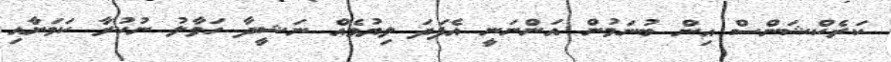
ކަރެކްޝަންސް އިން ބުނަމުން އަންނަނީ އެފަދަ ލިޔުމެއް ނަޝީދާ ހަވާލު ނުކުރާ ކަމަށާއި